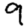
Digit: 9